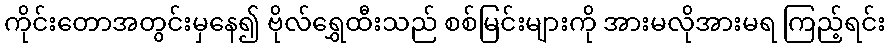
ကိုင်းတောအတွင်းမှနေ၍ ဗိုလ်ရွှေထီးသည် စစ်မြင်းများကို အားမလိုအားမရ ကြည့်ရင်း